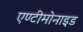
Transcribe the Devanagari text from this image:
एण्टीमोनाइड